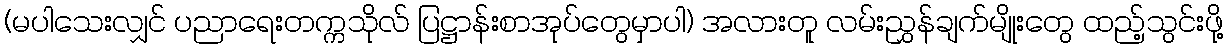
(မပါသေးလျှင် ပညာရေးတက္ကသိုလ် ပြဋ္ဌာန်းစာအုပ်တွေမှာပါ) အလားတူ လမ်းညွှန်ချက်မျိုးတွေ ထည့်သွင်းဖို့